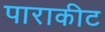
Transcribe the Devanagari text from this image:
पाराकीट